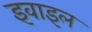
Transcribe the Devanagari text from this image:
इवाइल